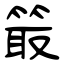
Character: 箃